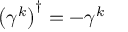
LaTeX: \left( \gamma ^ { k } \right) ^ { \dagger } = - \gamma ^ { k }